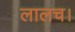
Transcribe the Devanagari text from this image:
लालच।